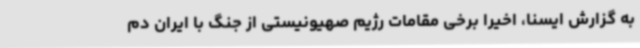
به گزارش ایسنا، اخیرا برخی مقامات رژیم صهیونیستی از جنگ با ایران دم